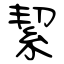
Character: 絜